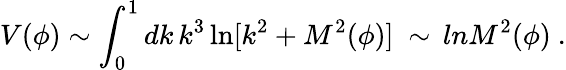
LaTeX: V(\phi)\sim\int_{0}^{1}dk\, k^{3}\ln[k^{2}+M^{2}(\phi)]\ \sim\, lnM^{2}(\phi)\ .